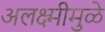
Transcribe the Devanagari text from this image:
अलक्ष्मीमुळे